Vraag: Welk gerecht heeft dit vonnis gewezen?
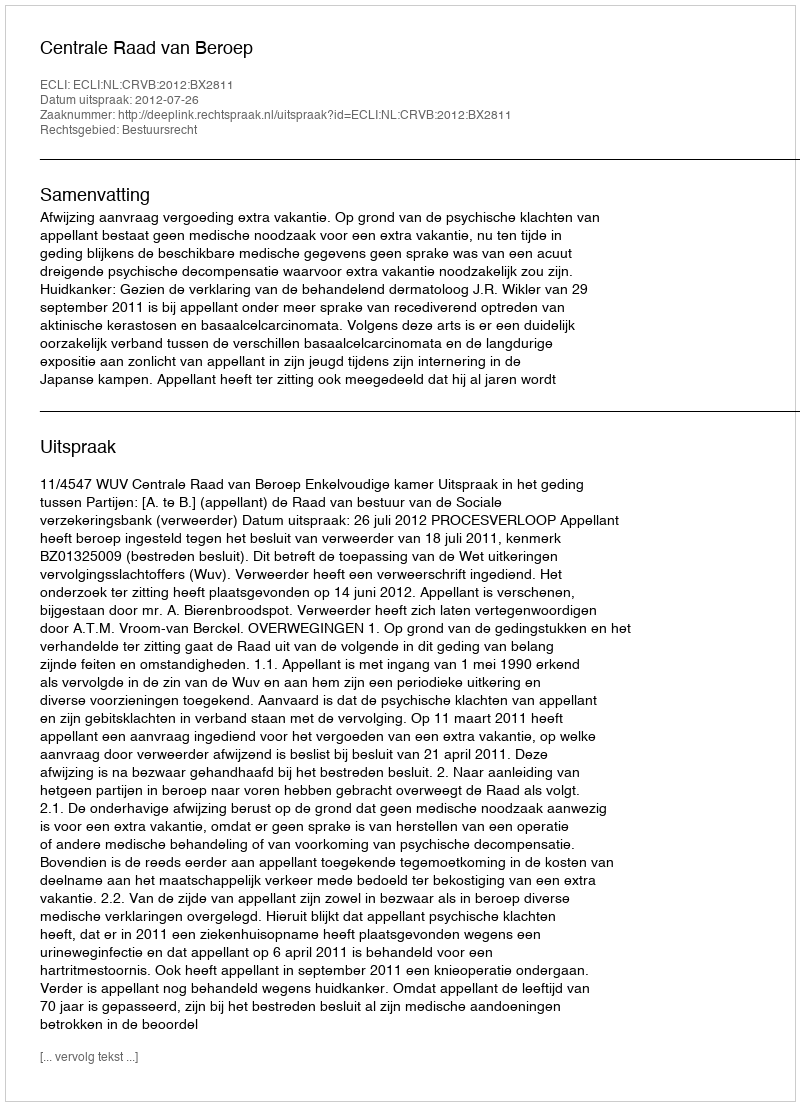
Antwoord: Centrale Raad van Beroep